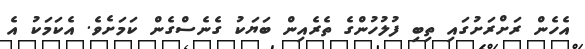
އެހެން ރަށްރަށުގައި ތިބި ފުލުހުންގެ ތެރެއިން ބަޔަކު ގެނެސްގެން ކަމަށެވެ. އެކަމަކު އެ